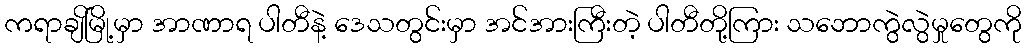
ကရာချိမြို့မှာ အာဏာရ ပါတီနဲ့ ဒေသတွင်းမှာ အင်အားကြီးတဲ့ ပါတီတို့ကြား သဘောကွဲလွဲမှုတွေကို